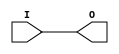
module IBUF_HSTL_I_18 (O, I);

    output O;

    input  I;

	buf B1 (O, I);


endmodule